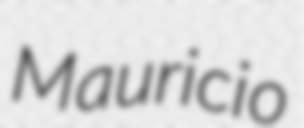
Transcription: Mauricio